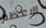
الاعظم